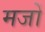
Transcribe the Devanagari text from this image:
मजों